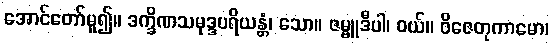
အောင်တော်မူ၍။ ဒက္ခိဏသမုဒ္ဒပရိယန္တံ၊ သော။ ဇမ္ဗူဒီပါ၊ ဝယ်။ ဝိဇေတုကာမော၊